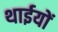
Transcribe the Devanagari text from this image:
थाईयों